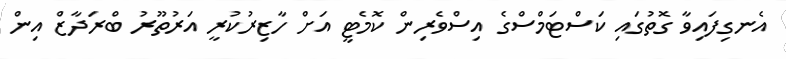
އެނގިފައިވާ ގޮތުގައި ކަސްޓަމްސްގެ އިސްވެރިން ކޮމެޓީ އަށް ހާޒިރުކުރީ އަރުތޫރު ބްރަދާޒް އިން